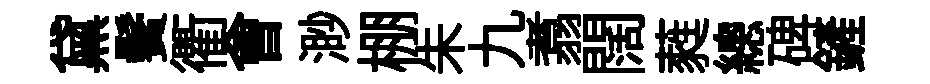
黛鬢衢㑹渺棚朱九翥闊蕤總碑鏟